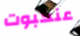
عنكبوت